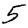
Digit: 5